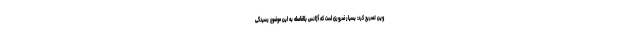
وین تصریح کرد: بسیار ضروری است که آژانس بلافاصله به این موضوع رسیدگی